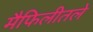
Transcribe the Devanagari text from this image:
मैफिलीतले